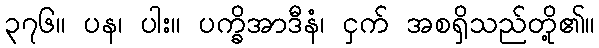
၃၇၆။ ပန၊ ပါး။ ပက္ခိအာဒီနံ၊ ငှက် အစရှိသည်တို့၏။